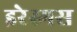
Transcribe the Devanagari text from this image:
इरेस्मस